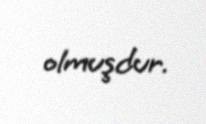
olmuşdur.